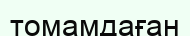
томамдаған